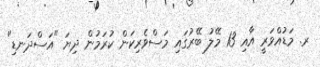
ރ. މަޑުއްވަރީ އާއި 13 މޭލު ބޭރުގައި މަސްވެރިކަން ކުރަމުން ދިޔަ "އަސްދަނޑި"